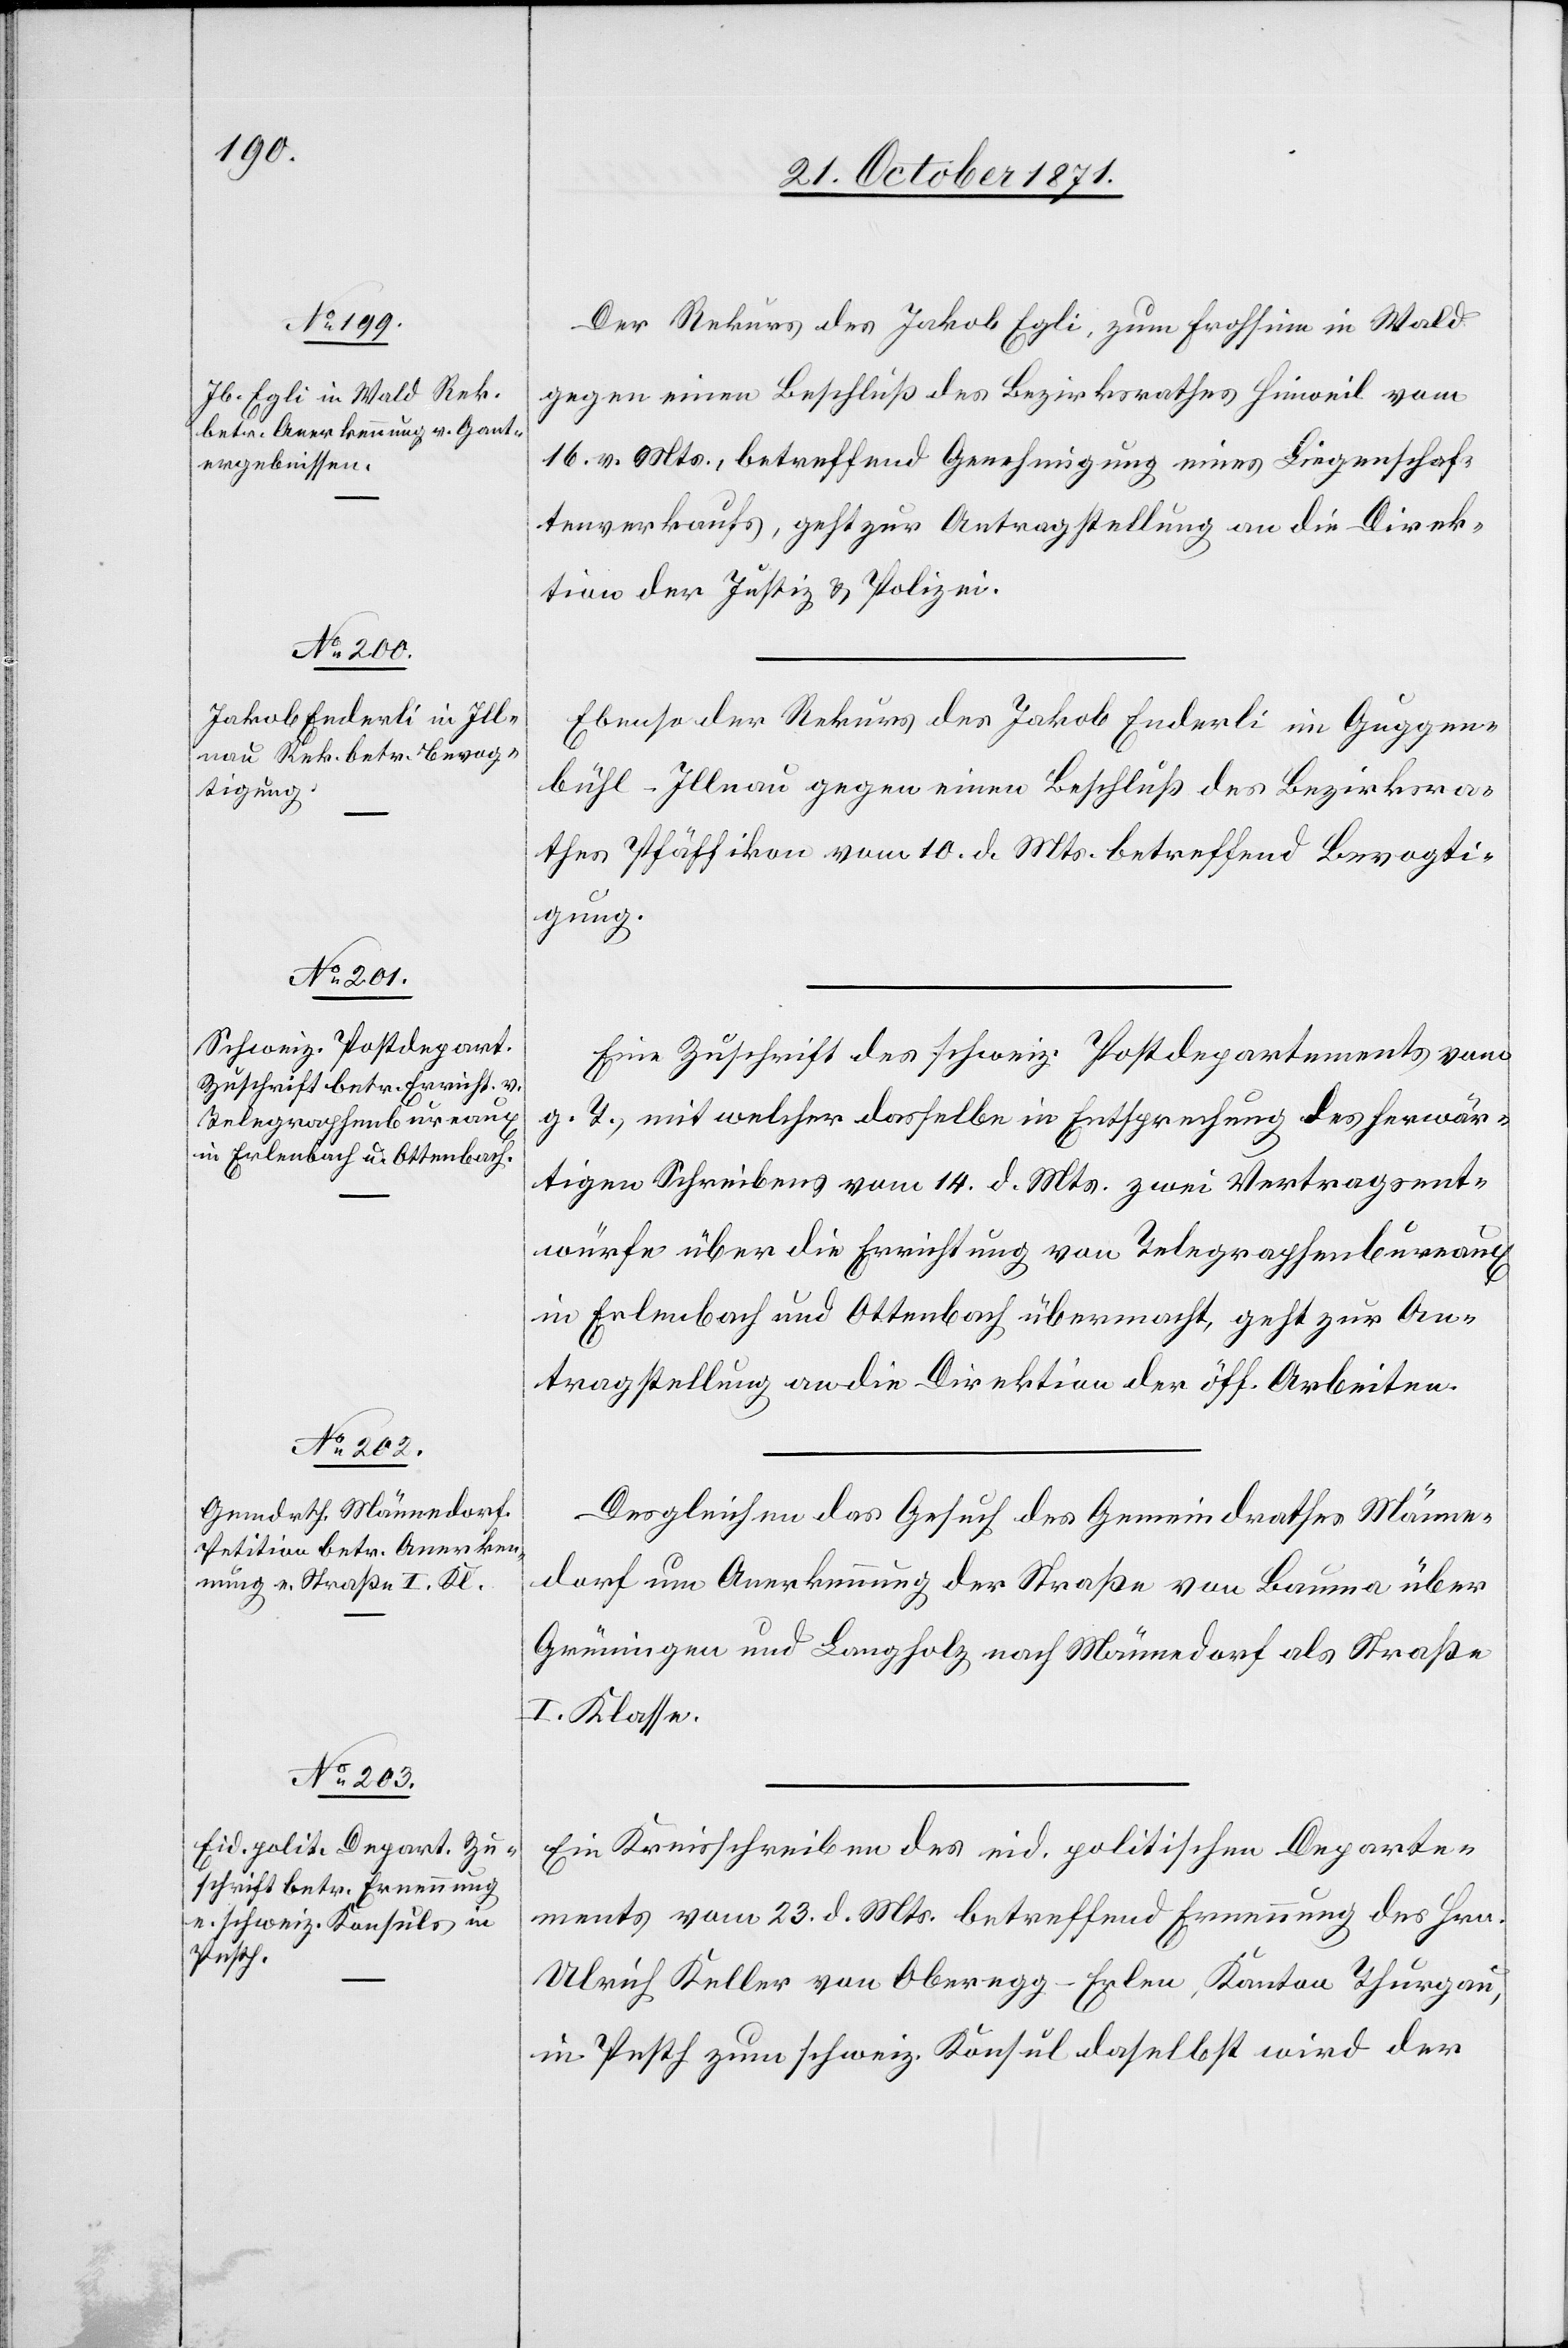
27. October 1871.]
Der Rekurs des Jakob Egli, zum Frohsinn in Wald
gegen einen Beschluß des Bezirksrathes Hinweil vom
16. v. Mts., betreffend Genehmigung eines Liegenschaf¬
tenverkaufs, geht zur Antragstellung an die Direk¬
tion der Justiz & Polizei.
Ebenso der Rekurs des Jakob Enderli im Guggen¬
bühl-Illnau gegen einen Beschluß des Bezirksra¬
thes Pfäffikon vom 10. d. Mts. betreffend Bevogti¬
gung.
Eine Zuschrift des schweiz. Postdepartements vom
g. T., mit welcher dasselbe in Entsprechung des herwär¬
tigen Schreibens vom 14. d. Mts. zwei Vertragsent¬
würfe über die Errichtung von Telegraphenbureaux
in Erlenbach und Ottenbach übermacht, geht zur An¬
tragstellung an die Direktion der öff. Arbeiten.
Desgleichen das Gesuch des Gemeindrathes Männe¬
dorf um Anerkennung der Straße von Bauma über
Grüningen und Langholz nach Männedorf als Straße
I. Klasse.
Ein Kreisschreiben des eid. politischen Departe¬
ments vom 23. d. Mts. betreffend Ernennung des Hrn.
Ulrich Keller von Oberegg-Erlen, Kanton Thurgau,
in Pesth zum schweiz. Konsul daselbst wird der